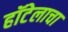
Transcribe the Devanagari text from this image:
हॉटेलाचा